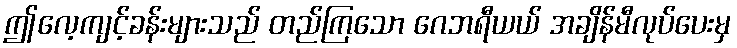
ဤလေ့ကျင့်ခန်းများသည် တည်ကြသော ဂေဘရီယယ် အချိန်မီလုပ်ပေးမှ